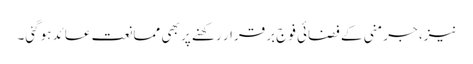
نیز، جرمنی کے فضائی فوج برقرار رکھنے پر بھی ممانعت عائد ہوگئی۔